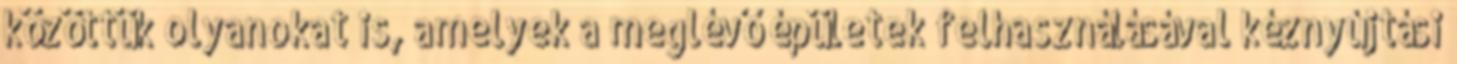
közöttük olyanokat is, amelyek a meglévő épületek felhasználásával kéznyújtási